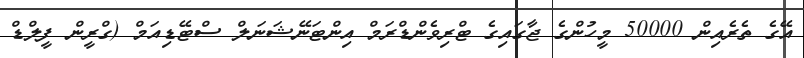
އޭގެ ތެރެއިން 50000 މީހުންގެ ޖާގައިގެ ޓްރިވެންޑްރަމް އިންޓަނޭޝަނަލް ސްޓޭޑިއަމް (ގްރީން ފީލްޑް